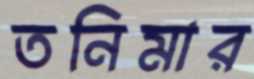
তনিমার